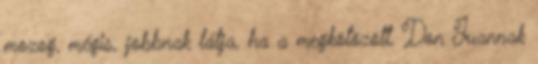
mozog, mégis, jobbnak látja, ha a megkötözött, Don Juannak